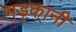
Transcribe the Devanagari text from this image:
भड़कानी